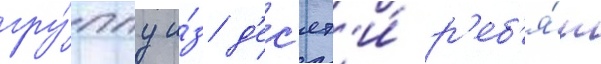
гру́ппу и́з д'ес'ят'и́ р'еб'я́т